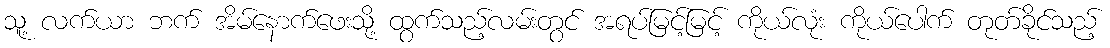
သူ့ လက်ယာ ဘက် အိမ်နောက်ဖေးသို့ ထွက်သည့်လမ်းတွင် အရပ်မြင့်မြင့် ကိုယ်လုံး ကိုယ်ပေါက် တုတ်ခိုင်သည့်